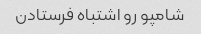
شامپو رو اشتباه فرستادن